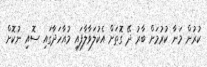
ކުރުން މަނާ ކުރުމަށް ބާރު ދޭ ގޮތަށް އެކުލަވާލާފައި މުއާހަދާގައި ސޮއި ނުކޮށް